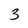
Character: 3